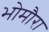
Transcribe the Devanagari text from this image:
भोमौरा